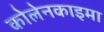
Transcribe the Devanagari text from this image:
कोलेनकाइमा